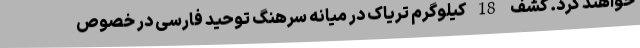
خواهند کرد. کشف  18 کیلوگرم تریاک در میانه سرهنگ توحید فارسی در خصوص